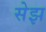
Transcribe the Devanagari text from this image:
सेझ